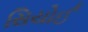
સિયોઈ